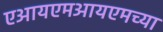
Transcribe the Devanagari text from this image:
एआयएमआयएमच्या